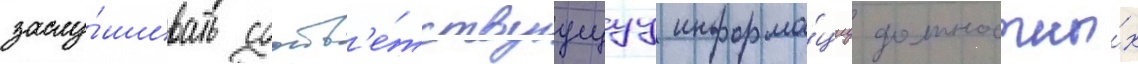
заслу́шивать соотв'е́тствуущуу информа́циу должностны́х